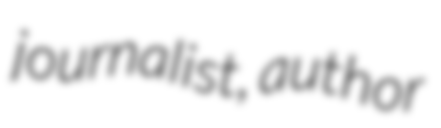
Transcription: journalist, author